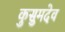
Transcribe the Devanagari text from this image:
कुसुमदेव